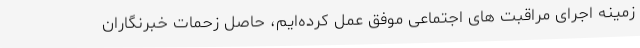
زمینه اجرای مراقبت های اجتماعی موفق عمل کرده‌ایم، حاصل زحمات خبرنگاران